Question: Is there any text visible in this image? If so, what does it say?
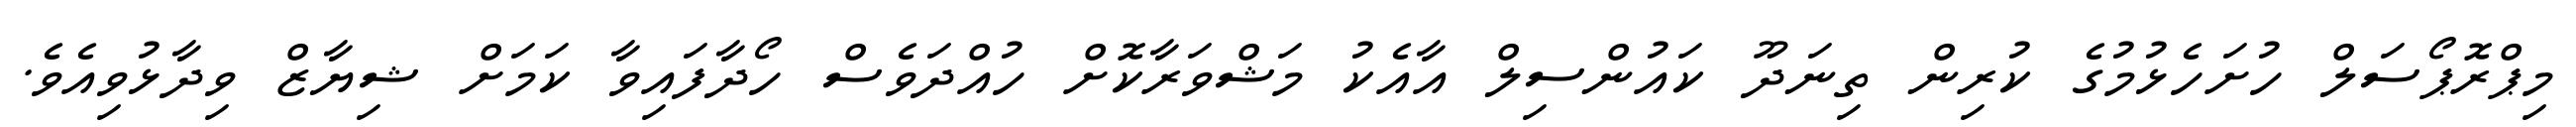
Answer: މިޕްރޮޕޯސަލް ހުށަހެޅުމުގެ ކުރިން ތިނަދޫ ކައުންސިލް އާއެކު މަޝްވަރާކޮށް ހުއްދަވެސް ހޯދާފައިވާ ކަމަށް ޝިޔާޒް ވިދާޅުވިއެވެ.